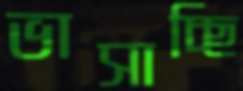
ভাসাচ্ছি